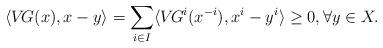
LaTeX: \begin{align*}\langle V\!G(x), x- y \rangle = \sum_{i\in I} \langle V\!G^i(x^{-i}), x^i - y^i \rangle \geq 0, \forall y \in X.\end{align*}